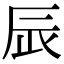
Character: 𨑄